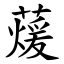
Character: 蕿